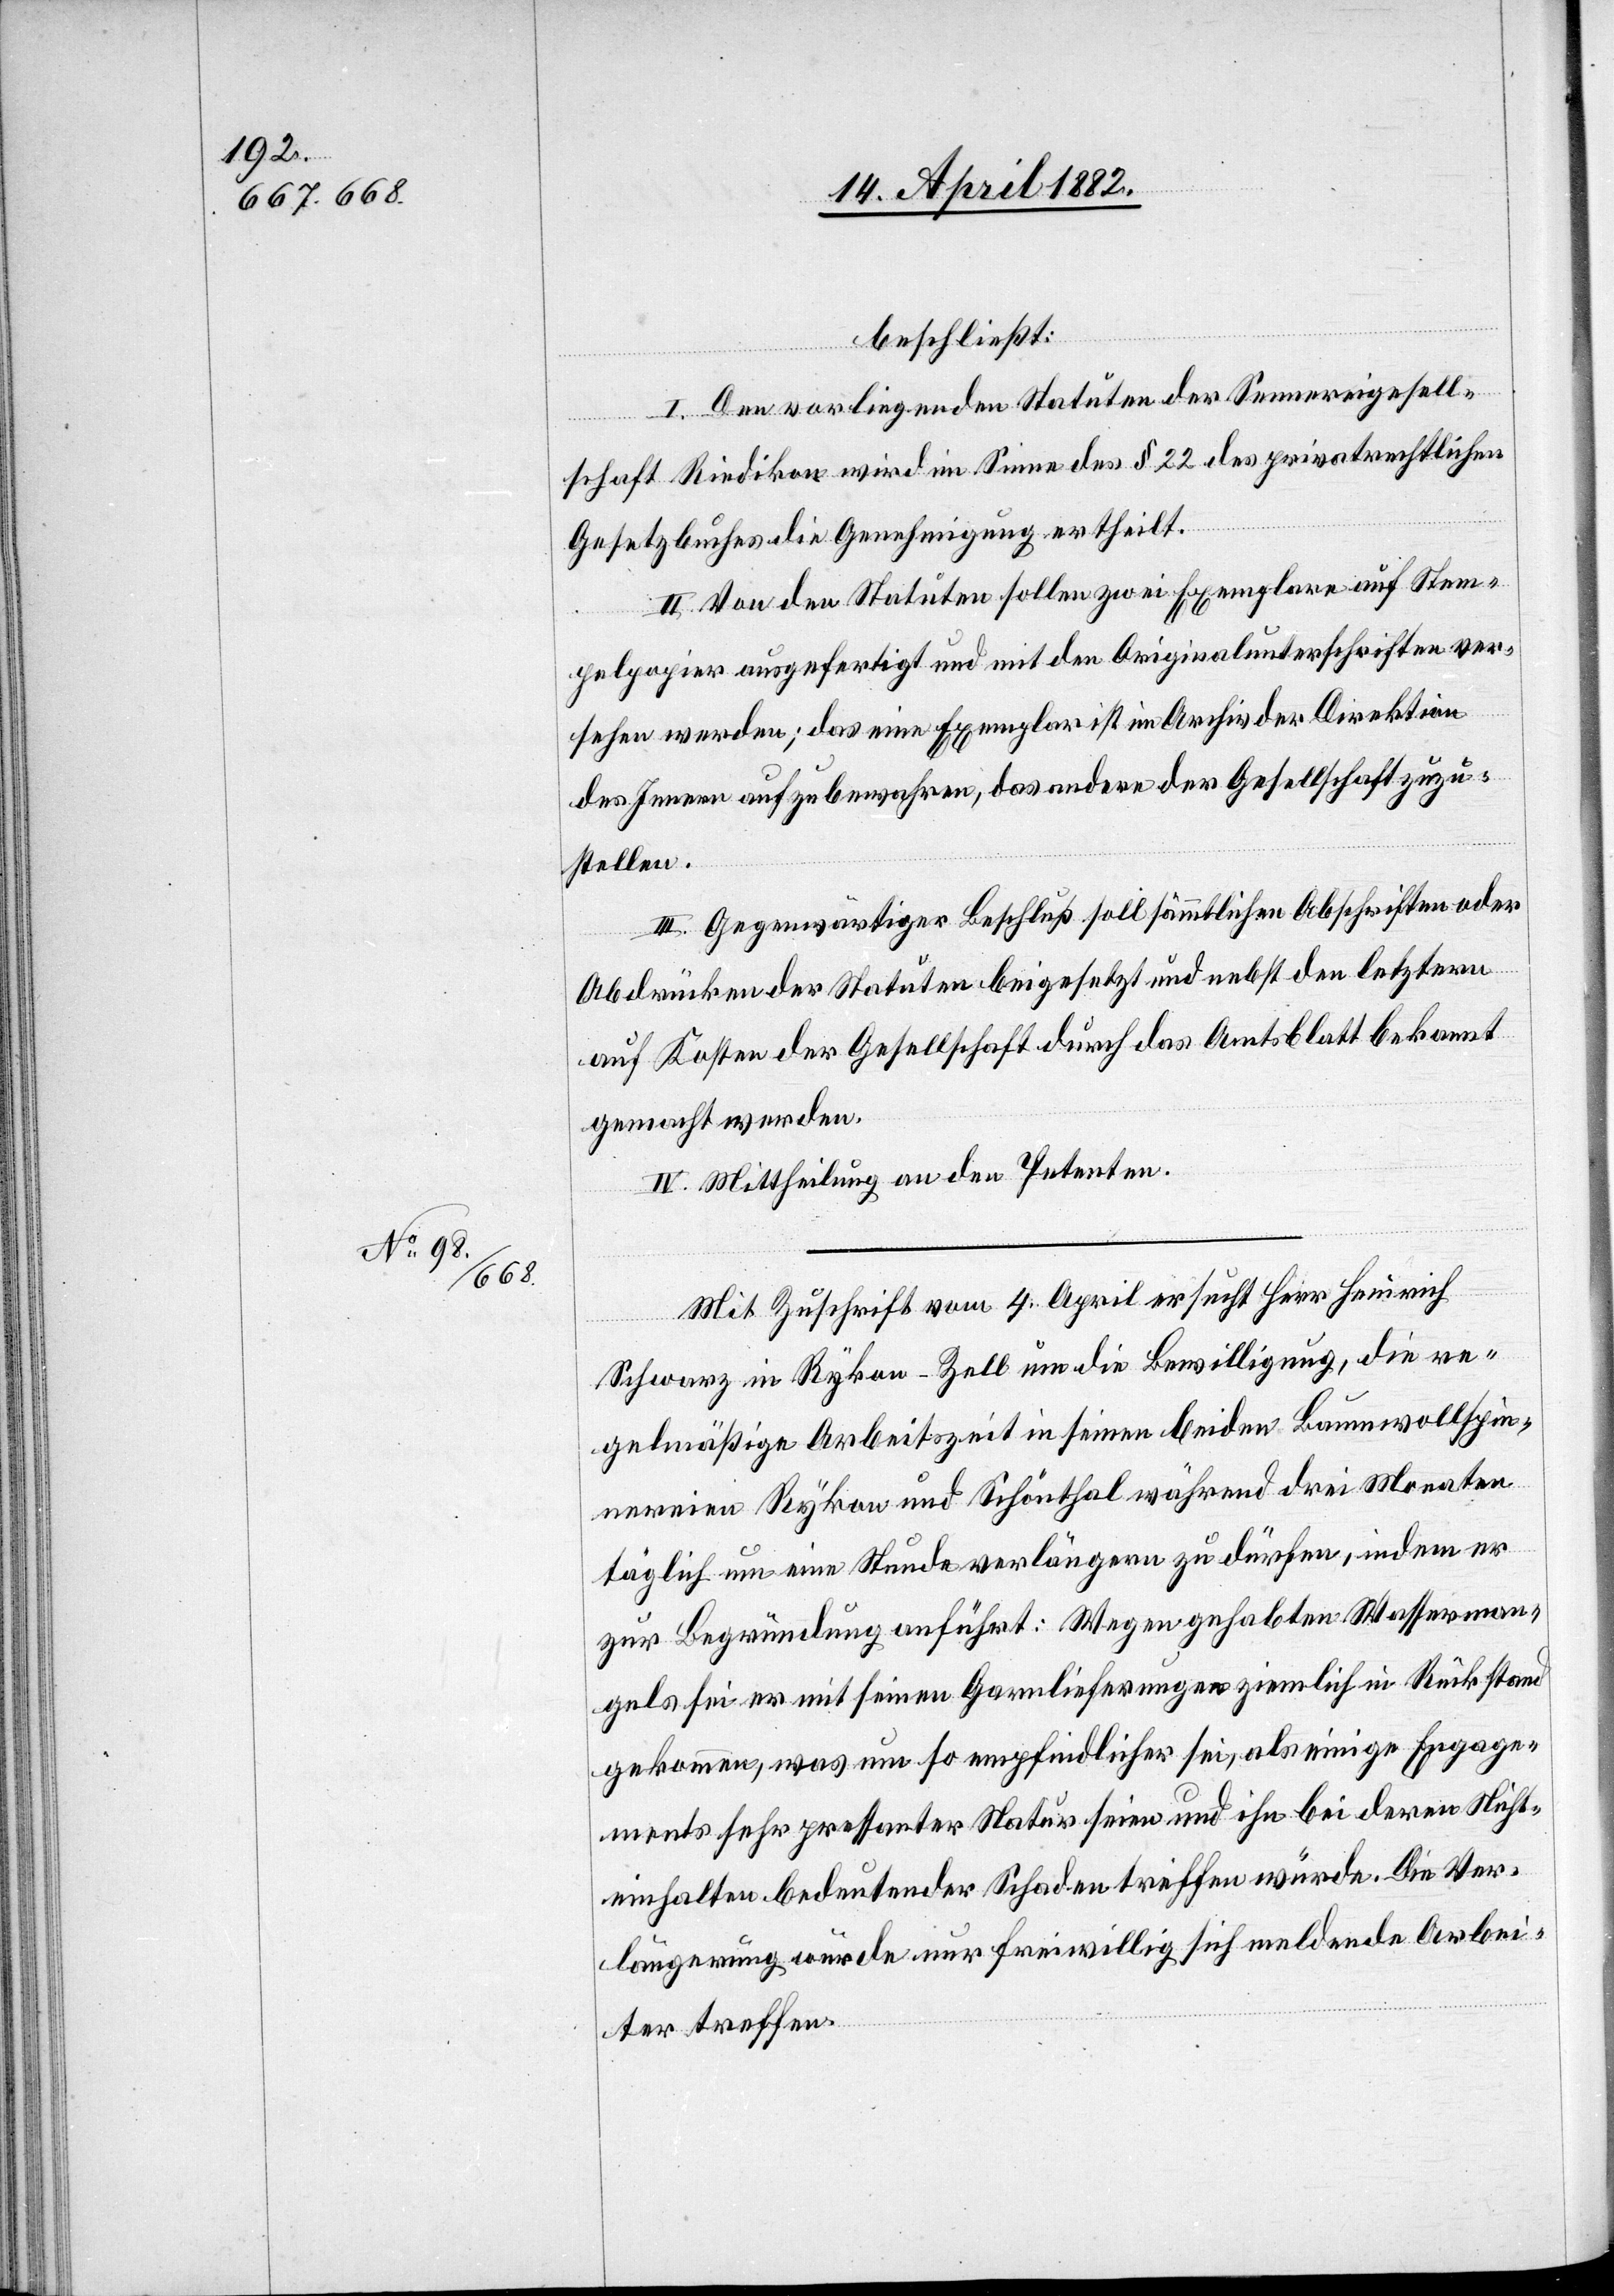
beschließt:
I. Den vorliegenden Statuten der Sennereigesell¬
schaft Riedikon wird im Sinne des § 22 des privatrechtlichen
Gesetzbuches die Genehmigung ertheilt.
II. Von den Statuten sollen zwei Exemplare auf Stem¬
pelpapier ausgefertigt und mit den Originalunterschriften ver¬
sehen werden; das eine Exemplar ist im Archiv der Direktion
des Innern aufzubewahren, das andere der Gesellschaft zuzu¬
stellen.
III. Gegenwärtiger Beschluß soll sämmtlichen Abschriften oder
Abdrücken der Statuten beigesetzt und nebst den letztern
auf Kosten der Gesellschaft durch das Amtsblatt bekannt
gemacht werden.
IV. Mittheilung an den Petenten.
Mit Zuschrift vom 4. April ersucht Herr Heinrich
Schwarz in Rykon - Zell um die Bewilligung, die re¬
gelmäßige Arbeitszeit in seinen beiden Baumwollspin¬
nereien Rykon und Schönthal während drei Monaten
täglich um eine Stunde verlängern zu dürfen, indem er
zur Begründung anführt: Wegen gehabten Wasserman¬
gels sei er mit seinen Garnlieferungen ziemlich in Rückstand
gekommen, was um so empfindlicher sei, als einige Engage¬
ments sehr pressanter Natur seien und ihn bei deren Nicht¬
einhalten bedeutender Schaden treffen würde. Die Ver¬
längerung würde nur freiwillig sich meldende Arbei¬
ter treffen.